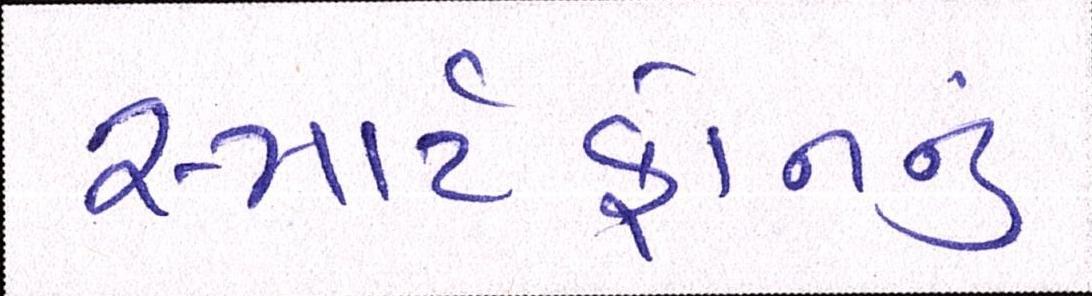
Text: સ્માર્ટફોનનું